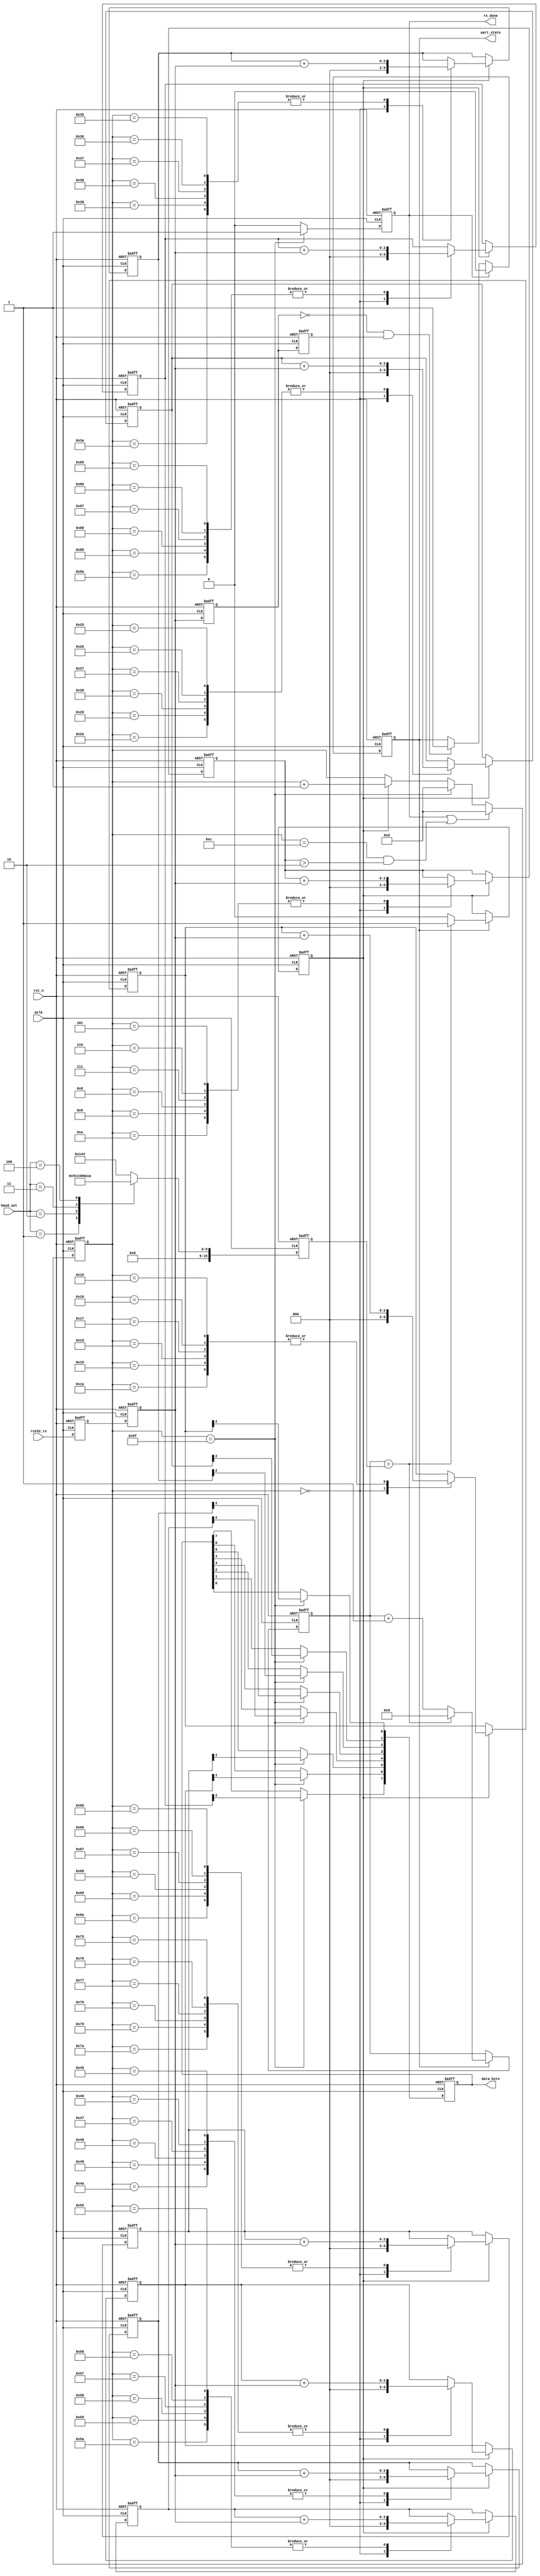
`timescale 1ns / 1ps
//////////////////////////////////////////////////////////////////////////////////
// Company: 
// 
// Design Name: 
// Module Name:    uart_byte_rx 
// Project Name: 
// Target Devices: 
// Tool versions: 
// Description: 
//
// Dependencies: 
//
// Revision: 
// Revision 0.01 - File Created
// Additional Comments: 
//
//////////////////////////////////////////////////////////////////////////////////
module uart_byte_rx(
	 input mclk,//50Mhz
	 input rst_n,
	 input [3:0] baud_set,
	 input rs232_rx,
	 
	 //output reg wr_en,
	//output reg [7:0] data_byte,
	 output reg uart_state,
	 //output	reg	[15:0]	ram_addr,
	 output	reg rx_done,
	 output reg [7:0] data_byte
	 //output	reg	[15:0]	dout
    );



reg [15:0] bps_DR;//
reg [7:0] bps_cnt;//,16
reg bps_clk;//
reg [15:0] div_cnt;//
reg s0_rs232_rx, s1_rs232_rx;//
reg tmp0_rs232_rx, tmp1_rs232_rx;//
wire nedege;//,
reg [2:0] r_data_byte [7:0];//83
reg [2:0] START_BIT, STOP_BIT;

//
always @(posedge mclk or negedge rst_n) 
begin
	if(!rst_n)
		bps_DR <= 0;	
	else 
	begin
		case(baud_set)
		0: bps_DR <= 324;//bps_9600x16
		//0: bps_DR <= 1;//bps_9600x16 just for test
		1: bps_DR <= 162;//bps_19200x16
		2: bps_DR <= 80;//bps_38400x16
		3: bps_DR <= 53;//bps_57600x16
		4: bps_DR <= 26;//bps_115200x16
		default: bps_DR <= 324;//bps_9600x16
		endcase
	end
end	 

//
always @(posedge mclk or negedge rst_n)
begin
	if(!rst_n)
	begin
		bps_clk <= 0;
		div_cnt <= 0;
	end
	else if(uart_state)
	begin
		if(div_cnt == bps_DR) 
		begin
			bps_clk <= 1;
			div_cnt <= 0;
		end
		else 
		begin
			bps_clk <= 0;
			div_cnt <= div_cnt + 1;
		end
	end
end

//bps_cnt
always @(posedge mclk or negedge rst_n) 
begin
	if(!rst_n)
		bps_cnt <= 0;
	else if(rx_done || (bps_cnt == 12) && (START_BIT > 2))
		bps_cnt <= 0;
	else
	begin
		if (bps_cnt == 159)
			bps_cnt <= 0;
		else if(bps_clk)
			bps_cnt <= bps_cnt + 1;
		else 
			bps_cnt <= bps_cnt;
	end
end

//,
always @(posedge mclk or negedge rst_n) 
begin
	if(!rst_n) 
	begin
		s0_rs232_rx <= 0;
		s1_rs232_rx <= 0;
	end
	else 
	begin
		s0_rs232_rx <= rs232_rx;
		s1_rs232_rx <= s0_rs232_rx;
	end
end

//
always @(posedge mclk or negedge rst_n) 
begin
	if(!rst_n) 
	begin
		tmp0_rs232_rx <= 0;
		tmp1_rs232_rx <= 0;
	end
	else 
	begin
		tmp0_rs232_rx <= s1_rs232_rx;
		tmp1_rs232_rx <= tmp0_rs232_rx;
	end
end

assign nedege = !tmp0_rs232_rx & tmp1_rs232_rx;//

//rx_done
always @(posedge mclk or negedge rst_n)
begin
	if(!rst_n)
		rx_done <= 0;
	else if(bps_cnt == 159)
		rx_done <= 1;
	else
		rx_done <= 0;
end

//
always @(posedge mclk or negedge rst_n)
begin
	if(!rst_n)
	begin
		START_BIT <= 0;//
		r_data_byte[0] <= 3'b0;
		r_data_byte[1] <= 3'b0;
		r_data_byte[2] <= 3'b0;
		r_data_byte[3] <= 3'b0;
		r_data_byte[4] <= 3'b0;
		r_data_byte[5] <= 3'b0;
		r_data_byte[6] <= 3'b0;
		r_data_byte[7] <= 3'b0;
		STOP_BIT <= 0;//
	end
	else if(bps_clk)
	begin
		case(bps_cnt)
		0:begin
			START_BIT <= 0;//
			r_data_byte[0] <= 3'b0;
			r_data_byte[1] <= 3'b0;
			r_data_byte[2] <= 3'b0;
			r_data_byte[3] <= 3'b0;
			r_data_byte[4] <= 3'b0;
			r_data_byte[5] <= 3'b0;
			r_data_byte[6] <= 3'b0;	
			r_data_byte[7] <= 3'b0;
			STOP_BIT <= 0;//
		end
		5,6,7,8,9,10:START_BIT <= START_BIT + s1_rs232_rx;
		21,22,23,24,25,26:r_data_byte[0] <= r_data_byte[0] + s1_rs232_rx;
		37,38,39,40,41,42:r_data_byte[1] <= r_data_byte[1] + s1_rs232_rx;
		53,54,55,56,57,58:r_data_byte[2] <= r_data_byte[2] + s1_rs232_rx;
		69,70,71,72,73,74:r_data_byte[3] <= r_data_byte[3] + s1_rs232_rx;
		85,86,87,88,89,90:r_data_byte[4] <= r_data_byte[4] + s1_rs232_rx;
		101,102,103,104,105,106:r_data_byte[5] <= r_data_byte[5] + s1_rs232_rx;
		117,118,119,120,121,122:r_data_byte[6] <= r_data_byte[6] + s1_rs232_rx;
		133,134,135,136,137,138:r_data_byte[7] <= r_data_byte[7] + s1_rs232_rx;
		149,150,151,152,153,154:STOP_BIT <= STOP_BIT + s1_rs232_rx;
		default:;
		endcase
	end
end

//
always @(posedge mclk or negedge rst_n)
begin
	if(!rst_n)
	begin
		data_byte <= 8'b0;
	end
	else if(bps_cnt == 159)
	begin
		data_byte[0] <= r_data_byte[0][2];
		data_byte[1] <= r_data_byte[1][2];
		data_byte[2] <= r_data_byte[2][2];
		data_byte[3] <= r_data_byte[3][2];
		data_byte[4] <= r_data_byte[4][2];
		data_byte[5] <= r_data_byte[5][2];
		data_byte[6] <= r_data_byte[6][2];
		data_byte[7] <= r_data_byte[7][2];
	end
end

//UART_state10
always @(posedge mclk or negedge rst_n)
begin
	if(!rst_n)
		uart_state <= 1'b0;	
	else if(rx_done)
		uart_state <= 1'b0;	
	else if(nedege)
		uart_state <= 1'b1;
	else 
		uart_state <= uart_state;
end
/* 
//-----------------------------------------------
always @(posedge mclk or negedge rst_n)begin	
	if(!rst_n)
		wr_en <= 1'b0;
	else if(rx_done)
		wr_en <= ~wr_en;
	else 
		wr_en <= wr_en;
	
	end

//--------------------------------------------
reg 	[7:0]	data_byte_r0;
always @(posedge mclk)
	data_byte_r0 <= data_byte;
		
		
reg 	[15:0]	dout_r;
reg 	[7:0]	data_byte_r;
always @(posedge mclk or negedge rst_n)begin	
	if(!rst_n)begin
		data_byte_r <= 'd0;
		dout_r <= 'd0;
	end
	else if(rx_done == 1'b1)begin
		data_byte_r <= data_byte_r0;
		dout_r <= {data_byte_r, data_byte_r0};//MSB -> LSB
	end
	else begin
		data_byte_r <= data_byte_r;
		dout_r <= dout_r;
	end
end

always @(posedge mclk or negedge rst_n)begin	
	if(!rst_n)
		dout <= 'd0;
	else if(wr_en == 1'b1)
		dout <= dout_r;
	else 
		dout <= dout;
end

//----------------------------------------------
	
wire 	posdge;
reg 	wr_en1, wr_en2;
always @(posedge mclk or negedge rst_n) 
begin
	if(!rst_n) 
	begin
		wr_en1 <= 0;
		wr_en2 <= 0;
	end
	else 
	begin
		wr_en1 <= wr_en;
		wr_en2 <= wr_en1;
	end
end

assign posdge = wr_en1 & !wr_en2;//	
	 */

/* //-------------------------------------------------------
//ram_addr
reg	[15:0]	ram_addr_r;
always @(posedge mclk or negedge rst_n)begin	
	if(!rst_n)
		ram_addr_r <= 'd0;
	else if(rx_done == 1'b1)
		ram_addr_r <= ram_addr_r + 1'b1;
	else
		ram_addr_r <= ram_addr_r;
end

always @(*)
	ram_addr = ram_addr_r; */
	
endmodule